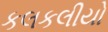
કલકલીયો